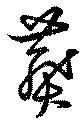
葬